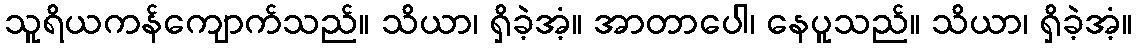
သူရိယကန်ကျောက်သည်။ သိယာ၊ ရှိခဲ့အံ့။ အာတာပေါ၊ နေပူသည်။ သိယာ၊ ရှိခဲ့အံ့။